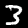
Digit: 3